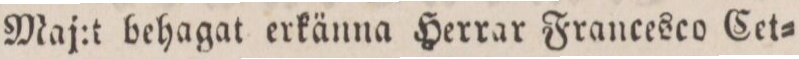
Maj:t behagat erkänna Herrar Francesco Cet=